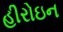
હીરોઇન